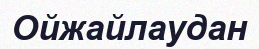
Ойжайлаудан